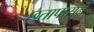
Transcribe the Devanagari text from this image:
छतापासून